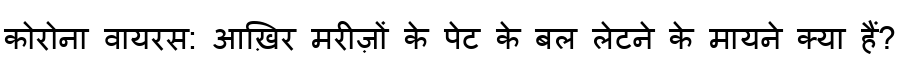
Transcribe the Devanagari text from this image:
कोरोना वायरस: आख़िर मरीज़ों के पेट के बल लेटने के मायने क्या हैं?